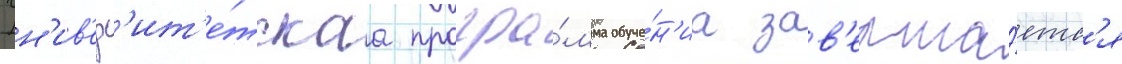
Ун'ив'ерс'ит'е́тскаа програ́мма обуче́н'иа зав'ерша́етс'я